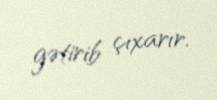
gətirib çıxarır.